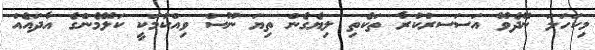
މިކަހަލަ ނޭދެވޭ އަސަސރުކުރާ ތަކެތި ލިޔެގެން ތިޔަ ނޫސް ވިއްކުމަކީ ކަލޭމެންގެ އާދައެއް